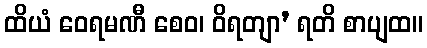
ထိယံ ဝေရမဏီ စေဝ၊ ဝိရတျာ’ ရတိ စာပျထ။